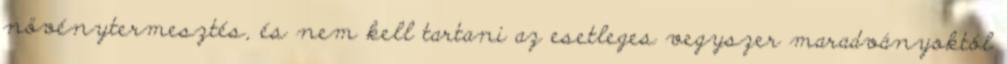
növénytermesztés, és nem kell tartani az esetleges vegyszer maradványoktól